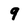
Character: 9